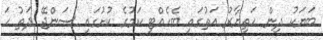
ބަޔަކު ދިން ހަތިޔާރު އަތުގައި ބެހެއްޓި ކަމުގެ ކުށުގައި ސަންޖޭ ދަތު ހަ